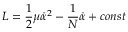
{ \cal L } = \frac { 1 } { 2 } \mu \dot { \alpha } ^ { 2 } - \frac { 1 } { N } \dot { \alpha } + c o n s t